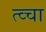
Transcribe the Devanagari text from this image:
त्व्चा